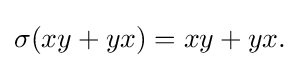
{\textstyle \sigma (xy+yx)=xy+yx.}